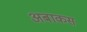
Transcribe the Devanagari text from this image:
अबाकस